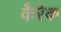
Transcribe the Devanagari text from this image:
कैरेक